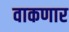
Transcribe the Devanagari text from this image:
वाकणार